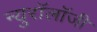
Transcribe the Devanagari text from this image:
न्युरॉलॉजी